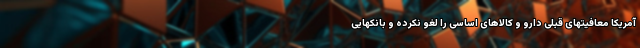
آمریکا معافیتهای قبلی دارو و کالاهای اساسی را لغو نکرده و بانکهایی